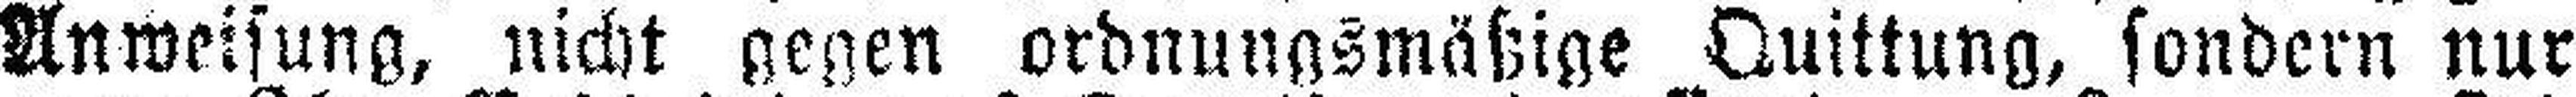
Anweisung, nicht gegen ordnungsmäßige Quittung, sondern nur